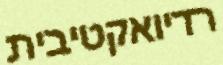
רדיואקטיבית